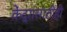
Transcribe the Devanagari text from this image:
केंद्रासाठीही